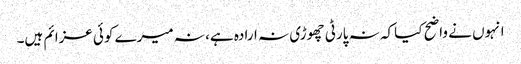
انہوں نے واضح کیا کہ نہ پارٹی چھوڑی نہ ارادہ ہے، نہ میرے کوئی عزائم ہیں۔